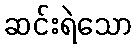
ဆင်းရဲသော